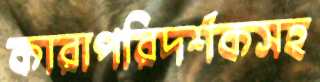
কারাপরিদর্শকসহ